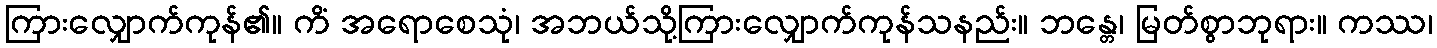
ကြားလျှောက်ကုန်၏။ ကိံ အရောစေသုံ၊ အဘယ်သို့ကြားလျှောက်ကုန်သနည်း။ ဘန္တေ၊ မြတ်စွာဘုရား။ ကဿ၊